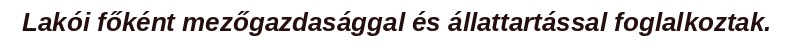
Lakói főként mezőgazdasággal és állattartással foglalkoztak.